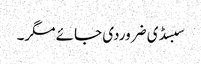
سبسڈی ضروردی جائے مگر۔